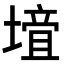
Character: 𡐁